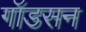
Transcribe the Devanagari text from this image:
गॉडसन